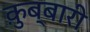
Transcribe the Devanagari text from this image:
क़ुब्बारी